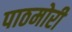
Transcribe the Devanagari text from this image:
पाठमोरी